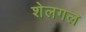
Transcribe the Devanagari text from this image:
शेलगल